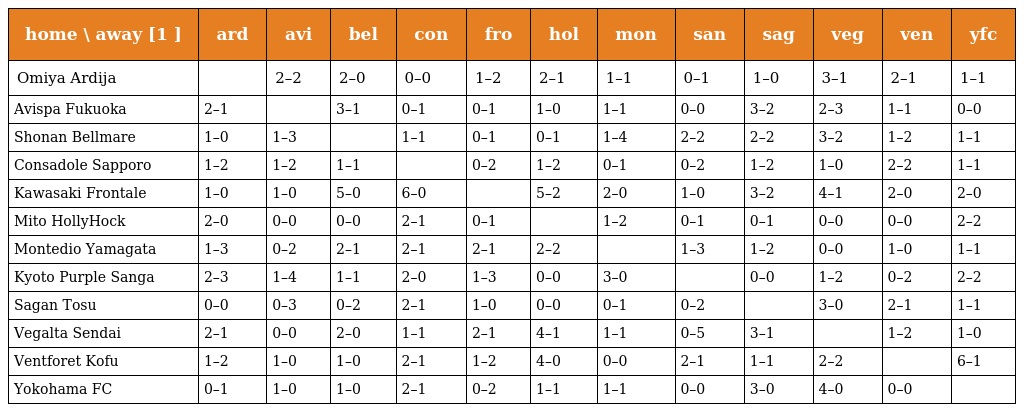
| home \ away [1 ] | ard | avi | bel | con | fro | hol | mon | san | sag | veg | ven | yfc |
 | --- | --- | --- | --- | --- | --- | --- | --- | --- | --- | --- | --- | --- |
 | Omiya Ardija |  | 2–2 | 2–0 | 0–0 | 1–2 | 2–1 | 1–1 | 0–1 | 1–0 | 3–1 | 2–1 | 1–1 |
 | Avispa Fukuoka | 2–1 |  | 3–1 | 0–1 | 0–1 | 1–0 | 1–1 | 0–0 | 3–2 | 2–3 | 1–1 | 0–0 |
 | Shonan Bellmare | 1–0 | 1–3 |  | 1–1 | 0–1 | 0–1 | 1–4 | 2–2 | 2–2 | 3–2 | 1–2 | 1–1 |
 | Consadole Sapporo | 1–2 | 1–2 | 1–1 |  | 0–2 | 1–2 | 0–1 | 0–2 | 1–2 | 1–0 | 2–2 | 1–1 |
 | Kawasaki Frontale | 1–0 | 1–0 | 5–0 | 6–0 |  | 5–2 | 2–0 | 1–0 | 3–2 | 4–1 | 2–0 | 2–0 |
 | Mito HollyHock | 2–0 | 0–0 | 0–0 | 2–1 | 0–1 |  | 1–2 | 0–1 | 0–1 | 0–0 | 0–0 | 2–2 |
 | Montedio Yamagata | 1–3 | 0–2 | 2–1 | 2–1 | 2–1 | 2–2 |  | 1–3 | 1–2 | 0–0 | 1–0 | 1–1 |
 | Kyoto Purple Sanga | 2–3 | 1–4 | 1–1 | 2–0 | 1–3 | 0–0 | 3–0 |  | 0–0 | 1–2 | 0–2 | 2–2 |
 | Sagan Tosu | 0–0 | 0–3 | 0–2 | 2–1 | 1–0 | 0–0 | 0–1 | 0–2 |  | 3–0 | 2–1 | 1–1 |
 | Vegalta Sendai | 2–1 | 0–0 | 2–0 | 1–1 | 2–1 | 4–1 | 1–1 | 0–5 | 3–1 |  | 1–2 | 1–0 |
 | Ventforet Kofu | 1–2 | 1–0 | 1–0 | 2–1 | 1–2 | 4–0 | 0–0 | 2–1 | 1–1 | 2–2 |  | 6–1 |
 | Yokohama FC | 0–1 | 1–0 | 1–0 | 2–1 | 0–2 | 1–1 | 1–1 | 0–0 | 3–0 | 4–0 | 0–0 |  |